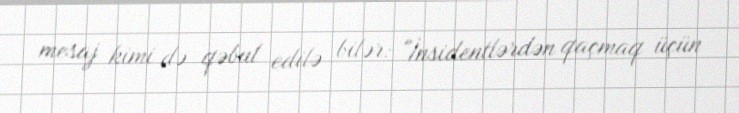
mesaj kimi də qəbul edilə bilər: "İnsidentlərdən qaçmaq üçün